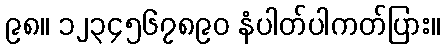
၉၈။ ၁၂၃၄၅၆၇၈၉၀ နံပါတ်ပါကတ်ပြား။